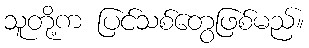
သူတို့က ပြင်သစ်တွေဖြစ်မည်။